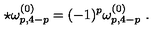
\star \omega _ { p , 4 - p } ^ { ( 0 ) } = ( - 1 ) ^ { p } \omega _ { p , 4 - p } ^ { ( 0 ) } \ .